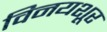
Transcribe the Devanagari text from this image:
विनयशूर